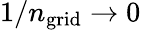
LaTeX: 1/n_{\mathrm{grid}}\to 0